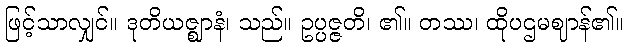
ဖြင့်သာလျှင်။ ဒုတိယဇ္ဈာနံ၊ သည်။ ဥပ္ပဇ္ဇတိ၊ ၏။ တဿ၊ ထိုပဌမဈာန်၏။